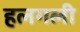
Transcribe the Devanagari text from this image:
हलगली